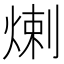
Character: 𤊶